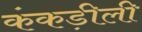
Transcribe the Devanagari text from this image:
कंकड़ीली